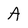
Character: A